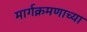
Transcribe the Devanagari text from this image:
मार्गक्रमणाच्या